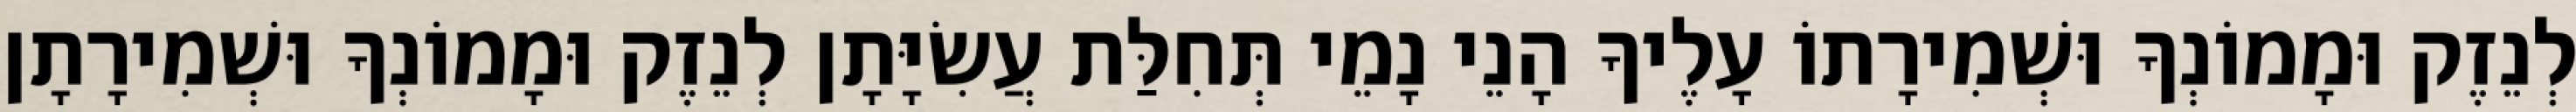
לְנֵזֶק וּמָמוֹנְךָ וּשְׁמִירָתוֹ עָלֶיךָ הָנֵי נָמֵי תְּחִלַּת עֲשִׂיָּתָן לְנֵזֶק וּמָמוֹנְךָ וּשְׁמִירָתָן